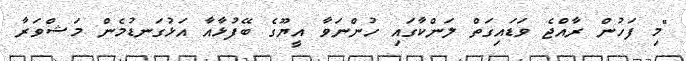
"މި ފަހުން ރާއްޖެ ވަޑައިގަތް ލަންކާގައި ހުންނަވާ އީޔޫގެ ބޭފުޅާއާ އަޅުގަނޑުމެން މަޝްވަރާ